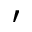
'